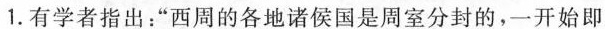
1.有学者指出：“西周的各地诸侯国是周室分封的，一开始即